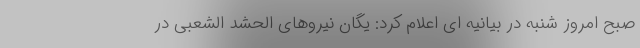
صبح امروز شنبه در بیانیه ای اعلام کرد: یگان نیروهای الحشد الشعبی در